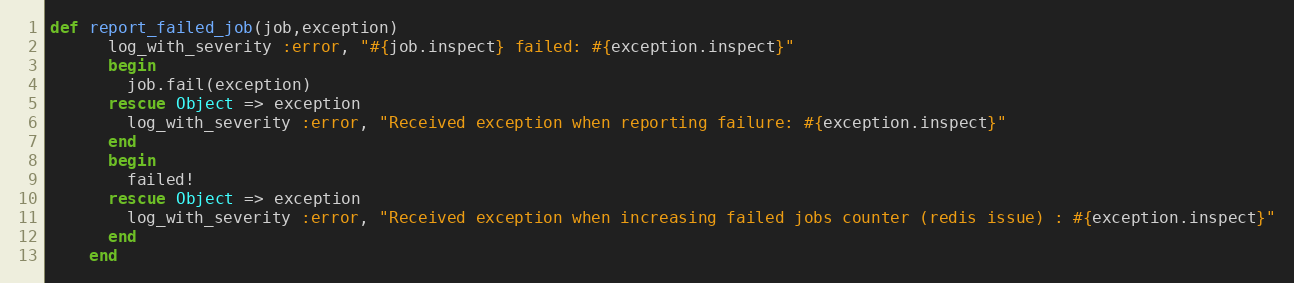
Language: Ruby
def report_failed_job(job,exception)
      log_with_severity :error, "#{job.inspect} failed: #{exception.inspect}"
      begin
        job.fail(exception)
      rescue Object => exception
        log_with_severity :error, "Received exception when reporting failure: #{exception.inspect}"
      end
      begin
        failed!
      rescue Object => exception
        log_with_severity :error, "Received exception when increasing failed jobs counter (redis issue) : #{exception.inspect}"
      end
    end